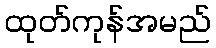
ထုတ်ကုန်အမည်